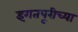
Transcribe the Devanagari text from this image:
इगतपूरीच्या